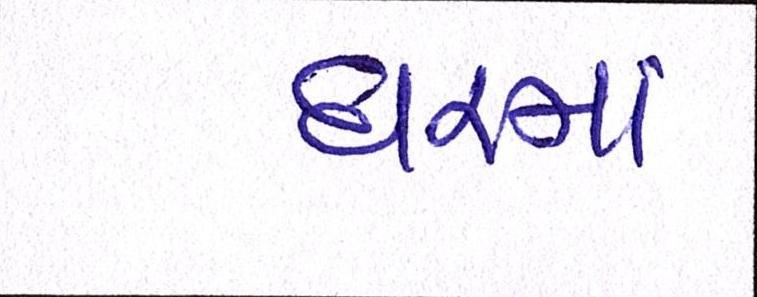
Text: ધરમાં